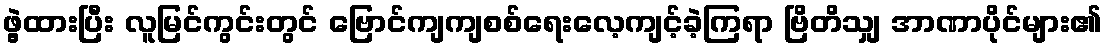
ဖွဲ့ထားပြီး လူမြင်ကွင်းတွင် ဗြောင်ကျကျစစ်ရေးလေ့ကျင့်ခဲ့ကြရာ ဗြိတိသျှ အာဏာပိုင်များ၏